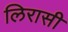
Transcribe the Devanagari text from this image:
लिरासी